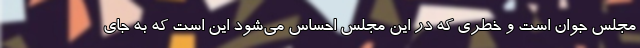
مجلس جوان است و خطری که در این مجلس احساس می‌شود این است که به جای